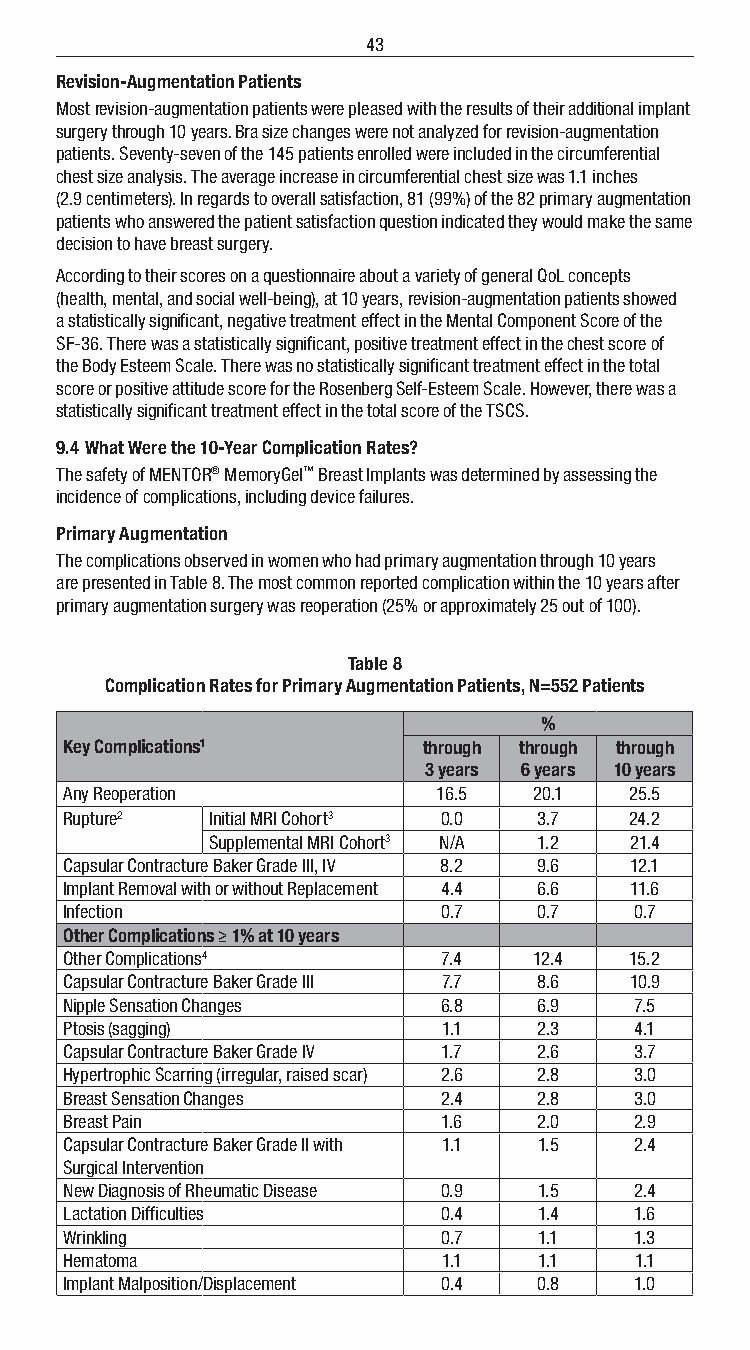
43
 Revision-Augmentation Patients
 Most revision-augmentation patients were pleased with the results of their additional implant
 surgery through 10 years. Bra size changes were not analyzed for revision-augmentation
 patients. Seventy-seven of the 145 patients enrolled were included in the circumferential
 chest size analysis. The average increase in circumferential chest size was 1.1 inches
 (2.9 centimeters). In regards to overall satisfaction, 81 (99%) of the 82 primary augmentation
 patients who answered the patient satisfaction question indicated they would make the same
 decision to have breast surgery.
 According to their scores on a questionnaire about a variety of general QoL concepts
 (health, mental, and social well-being), at 10 years, revision-augmentation patients showed
 a statistically significant, negative treatment effect in the Mental Component Score of the
 SF-36. There was a statistically significant, positive treatment effect in the chest score of
 the Body Esteem Scale. There was no statistically significant treatment effect in the total
 score or positive attitude score for the Rosenberg Self-Esteem Scale. However, there was a
 statistically significant treatment effect in the total score of the TSCS.
 9.4 What Were the 10-Year Complication Rates?
 The safety of MENTOR® MemoryGel™ Breast Implants was determined by assessing the
 incidence of complications, including device failures.
 Primary Augmentation
 The complications observed in women who had primary augmentation through 10 years
 are presented in Table 8. The most common reported complication within the 10 years after
 primary augmentation surgery was reoperation (25% or approximately 25 out of 100).
 Table 8
 Complication Rates for Primary Augmentation Patients, N=552 Patients
 %
 Key Complications1      through through through
 3 years 6 years 10 years
 Any Reoperation          16.5  20.1   25.5
 Rupture2  Initial MRI Cohort3 0.0 3.7 24.2
 Supplemental MRI Cohort3 N/A 1.2 21.4
 Capsular Contracture Baker Grade III, IV 8.2 9.6 12.1
 Implant Removal with or without Replacement 4.4 6.6 11.6
 Infection                0.7    0.7   0.7
 Other Complications ≥ 1% at 10 years
 Other Complications4     7.4   12.4   15.2
 Capsular Contracture Baker Grade III 7.7 8.6 10.9
 Nipple Sensation Changes 6.8    6.9   7.5
 Ptosis (sagging)         1.1    2.3   4.1
 Capsular Contracture Baker Grade IV 1.7 2.6 3.7
 Hypertrophic Scarring (irregular, raised scar) 2.6 2.8 3.0
 Breast Sensation Changes 2.4    2.8   3.0
 Breast Pain              1.6    2.0   2.9
 Capsular Contracture Baker Grade II with 1.1 1.5 2.4
 Surgical Intervention
 New Diagnosis of Rheumatic Disease 0.9 1.5 2.4
 Lactation Difficulties   0.4    1.4   1.6
 Wrinkling                0.7    1.1   1.3
 Hematoma                 1.1    1.1   1.1
 Implant Malposition/Displacement 0.4 0.8 1.0